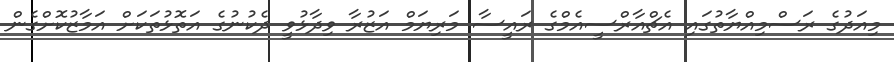
މިއަދުގެ ރަސްމިއްޔާތުގައި އެޗްއާރްސީއެމްގެ ރައީސާ މަރިޔަމް އަޒުރާ ވިދާޅުވީ ދެކުނުގެ އަތޮޅުތަކަށް އަމާޒުކޮށްގެން